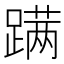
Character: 蹒